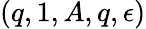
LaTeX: (q,1,A,q,\epsilon)